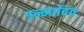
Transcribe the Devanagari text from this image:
उन्मादित